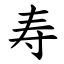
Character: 寿